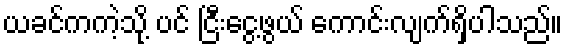
ယခင်ကကဲ့သို့ ပင် ငြီးငွေ့ဖွယ် ကောင်းလျက်ရှိပါသည်။